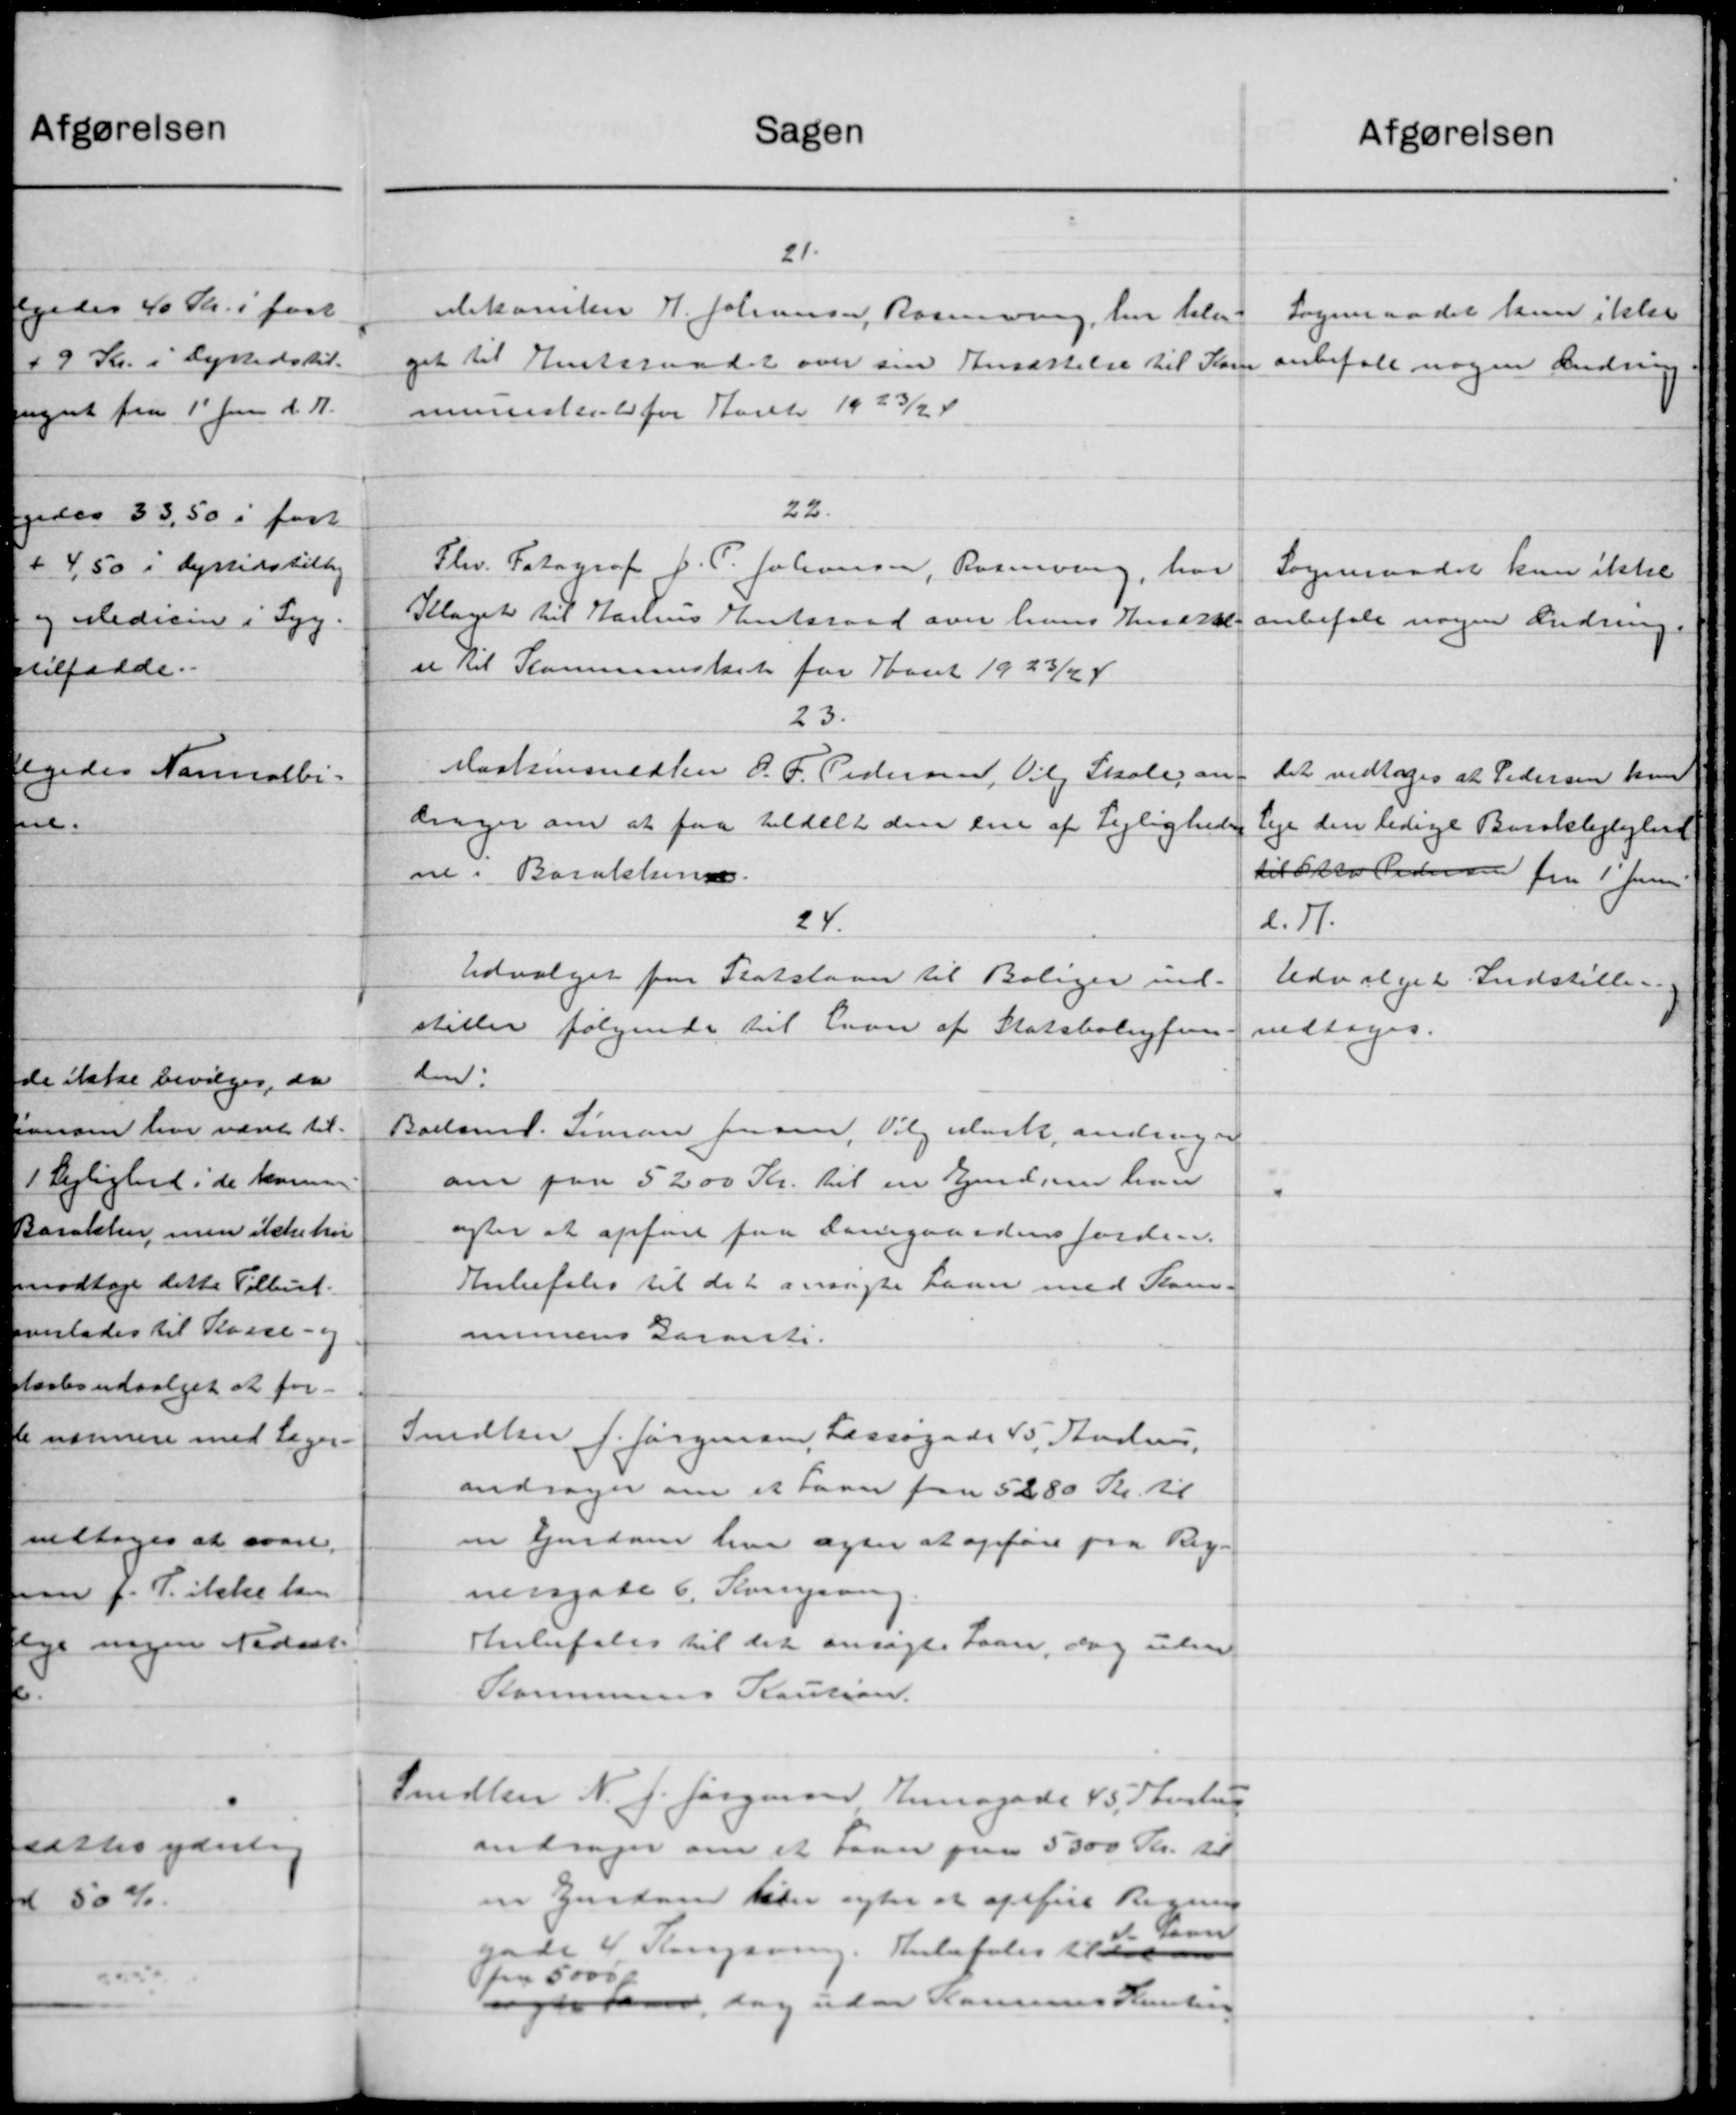
Transskription:
Sagen
afgørelsen
21.
Dekanken H. Johansen, Rasmussen, har blev
Sogneraadet kan ikke
get til Amtsraadet over sin Ansættelse til Som anbefale nogen Ændring
mnesteriet for Aaret 1923/24
22.
Fhv. Fotograf J. P. Johansen, Rosenving, har
Sogneraadet kan ikke
Klaget til Aarhus Amtsraad over hans Undsk anbefale nogen Ændring.
se til Kommuneskat for Aaret 1923/24
23.
Maskinsnedker O. P. Pedersen, Vilg Skole, an-
Det vedtoges at Pedersen kun
drager om at faa tildelt den ene af Lejlighede
leje den ledige Baraklejlighed
til tro Pedersen fra 1' Juni
ne i Barakling.
24.
d. 11.
Udvalget for Statslaan til Boliger ind-
Udvalget Indstille.
stiller følgende til Laan af Statsboligfon-
vedtoges.
den.
Boelsmd. Simon Jensen, Vilg Mark, andrager
om paa 5200 Kr. til en Ejendom hus
"
agter at opføre paa Damsgaardens Jorden.
Anbefales til det ansøgte Laan med Kom-
munens Garanti.
Snedker J. Jørgensen, Lassøgade V. Andsen,
andrager om et Laan paa 5280 Kr. til
en Ejendom har agter at opføre paa Reg-
nengade 6. Overgang
Anbefales til det ansøgte Laan, dog uden
Kommunens Kaution.
Snedker N. J. Jørgensen Annagade 45, Thestrup
andrager om et Laan paa 5300 Kr. til
en Gerdam Peter agter at opføre Regning
de 4 Rengøring. Anbefales 10 den an
fra 5000
den, dog uden Rasmus Henstru